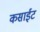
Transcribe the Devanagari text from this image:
कसाईट